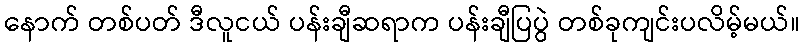
နောက် တစ်ပတ် ဒီလူငယ် ပန်းချီဆရာက ပန်းချီပြပွဲ တစ်ခုကျင်းပလိမ့်မယ်။